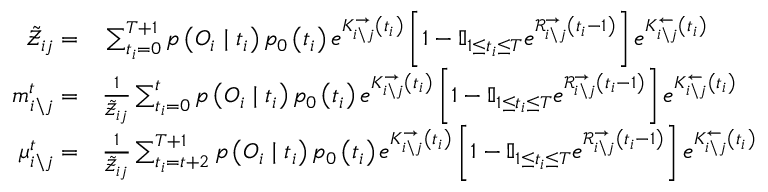
\begin{array} { r l } { \tilde { \mathcal { Z } } _ { i j } = } & { { } \sum _ { t _ { i } = 0 } ^ { T + 1 } p \left( \boldsymbol { O } _ { i } \mid t _ { i } \right) p _ { 0 } \left( t _ { i } \right) e ^ { K _ { i \backslash j } ^ { \rightarrow } \left( t _ { i } \right) } \left[ 1 - \mathbb { I } _ { 1 \leq t _ { i } \leq T } e ^ { \mathcal { R } _ { i \backslash j } ^ { \rightarrow } \left( t _ { i } - 1 \right) } \right] e ^ { K _ { i \backslash j } ^ { \leftarrow } \left( t _ { i } \right) } } \\ { m _ { i \backslash j } ^ { t } = } & { { } \frac { 1 } { \tilde { \mathcal { Z } } _ { i j } } \sum _ { t _ { i } = 0 } ^ { t } p \left( \boldsymbol { O } _ { i } \mid t _ { i } \right) p _ { 0 } \left( t _ { i } \right) e ^ { K _ { i \backslash j } ^ { \rightarrow } \left( t _ { i } \right) } \left[ 1 - \mathbb { I } _ { 1 \leq t _ { i } \leq T } e ^ { \mathcal { R } _ { i \backslash j } ^ { \rightarrow } \left( t _ { i } - 1 \right) } \right] e ^ { K _ { i \backslash j } ^ { \leftarrow } \left( t _ { i } \right) } } \\ { \mu _ { i \backslash j } ^ { t } = } & { { } \frac { 1 } { \tilde { \mathcal { Z } } _ { i j } } \sum _ { t _ { i } = t + 2 } ^ { T + 1 } p \left( \boldsymbol { O } _ { i } \mid t _ { i } \right) p _ { 0 } \left( t _ { i } \right) e ^ { K _ { i \backslash j } ^ { \rightarrow } \left( t _ { i } \right) } \left[ 1 - \mathbb { I } _ { 1 \leq t _ { i } \leq T } e ^ { \mathcal { R } _ { i \backslash j } ^ { \rightarrow } \left( t _ { i } - 1 \right) } \right] e ^ { K _ { i \backslash j } ^ { \leftarrow } \left( t _ { i } \right) } } \end{array}